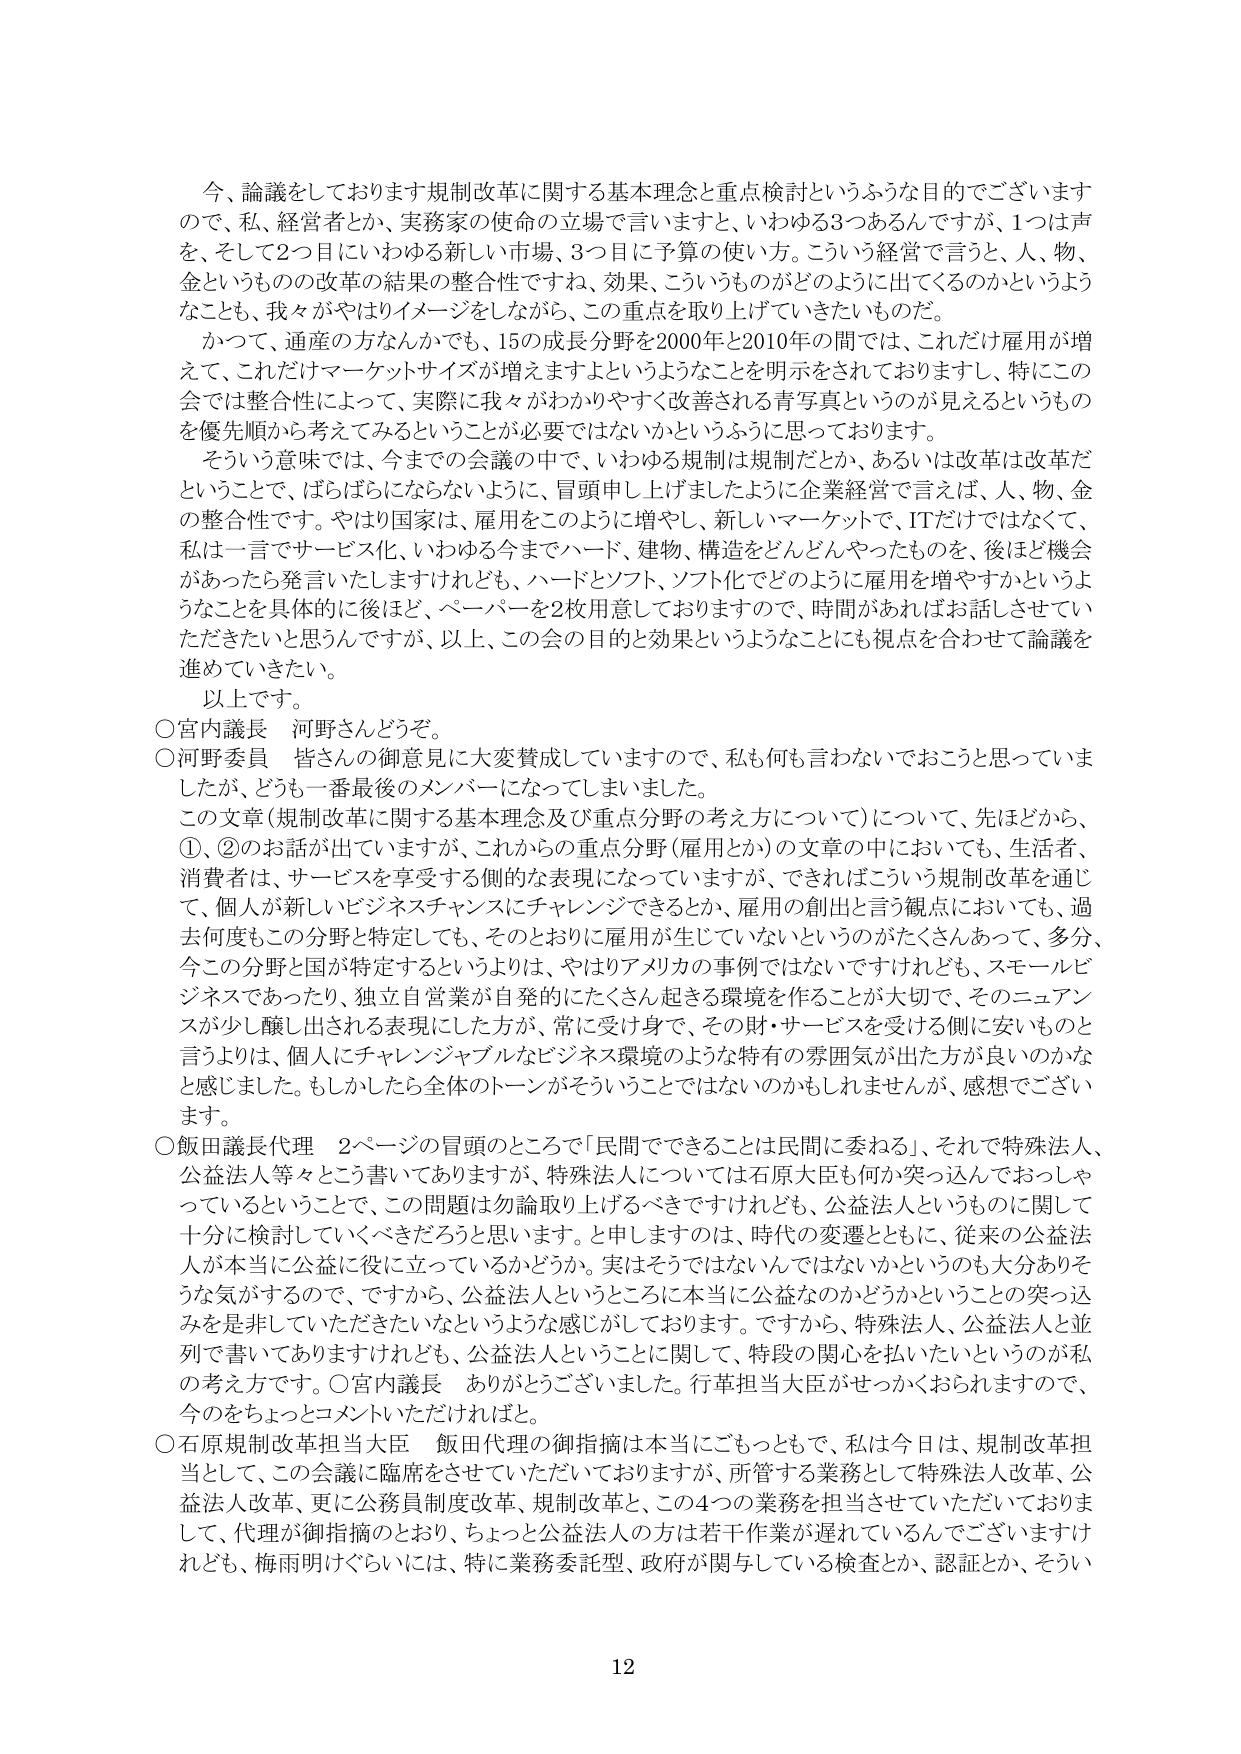
今、論議をしております規制改革に関する基本理念と重点検討というふうな目的でございますので、私、経営者とか、実務家の使命の立場で言いますと、いわゆる3つあるんですが、1つは声を、そして2つ目にいわゆる新しい市場、3つ目に予算の使い方。こういう経営で言うと、人、物、金というものの改革の結果の整合性ですね、効果、こういうものがどのように出てくるのかというようなことも、我々がやはりイメージをしながら、この重点を取り上げていきたいものだ。

かつて、通産の方なんかでも、15の成長分野を2000年と2010年の間では、これだけ雇用が増えて、これだけマーケットサイズが増えますよというようなことを明示をされておりますし、特にこの会では整合性によって、実際に我々がわかりやすく改善される青写真というのが見えるというものを優先順から考えてみるということが必要ではないかというふうに思っております。

そういう意味では、今までの会議の中で、いわゆる規制は規制だとか、あるいは改革は改革だということで、ばらばらにならないように、冒頭申し上げましたように企業経営で言えば、人、物、金の整合性です。やはり国家は、雇用をこのように増やし、新しいマーケットで、ITだけではなくて、私は一言でサービス化、いわゆる今までハード、建物、構造をどんどんやったものを、後ほど機会があったら発言いたしますけれども、ハードとソフト、ソフト化でどのように雇用を増やすかというようなことを具体的に後ほど、ペーパーを2枚用意しておりますので、時間があればお話しさせていただきたいと思うんですが、以上、この会の目的と効果というようなことにも視点を合わせて論議を進めていきたい。

以上です。

○宮内議長　河野さんどうぞ。

○河野委員　皆さんの御意見に大変賛成していますので、私も何も言わないでおこうと思っていましたが、どうも一番最後のメンバーになってしまいました。

この文章（規制改革に関する基本理念及び重点分野の考え方について）について、先ほどから、①、②のお話が出ていますが、これからの重点分野（雇用とか）の文章の中においても、生活者、消費者は、サービスを享受する側的な表現になっていますが、できればこういう規制改革を通じて、個人が新しいビジネスチャンスにチャレンジできるとか、雇用の創出と言う観点においても、過去何度もこの分野と特定しても、そのとおりに雇用が生じていないというのがたくさんあって、多分、今この分野と国が特定するというよりは、やはりアメリカの事例ではないですけれども、スモールビジネスであったり、独立自営業が自発的にたくさん起きる環境を作ることが大切で、そのニュアンスが少し醸し出される表現にした方が、常に受け身で、その財・サービスを受ける側に安いものと言うよりは、個人にチャレンジャブルなビジネス環境のような特有の雰囲気が出た方が良いのかなと感じました。もしかしたら全体のトーンがそういうことではないのかもしれませんが、感想でございます。

○飯田議長代理　2ページの冒頭のところに「民間でできることは民間に委ねる」、それで特殊法人、公益法人等々とこう書いてありますが、特殊法人については石原大臣も何か突っ込んでおっしゃっているということで、この問題は勿論取り上げるべきですけれども、公益法人というものに関して十分に検討していくべきだろうと思います。と申しますのは、時代の変遷とともに、従来の公益法人が本当に公益に役立っているかどうか。実はそうではないんじゃないかというのも大分ありそうな気がするので、ですから、公益法人というところに本当に公益なのかどうかというこの突っ込みを是非していただきたいなというような感じがしております。ですから、特殊法人、公益法人と並列で書いてありますけれども、公益法人ということに関して、特段の関心を払いたいというのが私の考え方です。○宮内議長　ありがとうございました。行革担当大臣がせっかくおられますので、今のをちょっとコメントいただければと。

○石原規制改革担当大臣　飯田代理の御指摘は本当にごもっともで、私は今日は、規制改革担当として、この会議に臨席をさせていただいておりますが、所管する業務として特殊法人改革、公益法人改革、更に公務員制度改革、規制改革と、この4つの業務を担当させていただいておりまして、代理が御指摘のとおり、ちょっと公益法人の方は若干作業が遅れているんでございますけれども、梅雨明けぐらいには、特に業務委託型、政府が関与している検査とか、認証とか、そうい

12